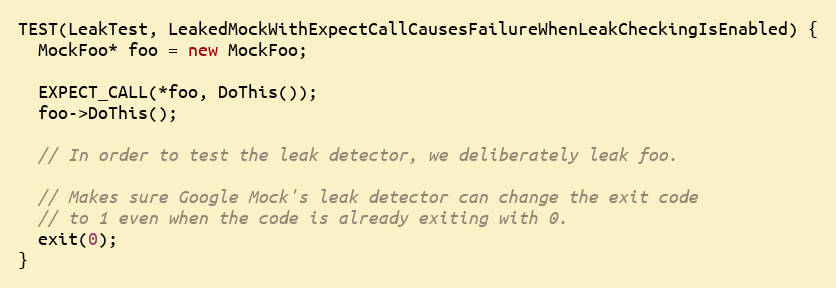
Language: C++
TEST(LeakTest, LeakedMockWithExpectCallCausesFailureWhenLeakCheckingIsEnabled) {
  MockFoo* foo = new MockFoo;

  EXPECT_CALL(*foo, DoThis());
  foo->DoThis();

  // In order to test the leak detector, we deliberately leak foo.

  // Makes sure Google Mock's leak detector can change the exit code
  // to 1 even when the code is already exiting with 0.
  exit(0);
}